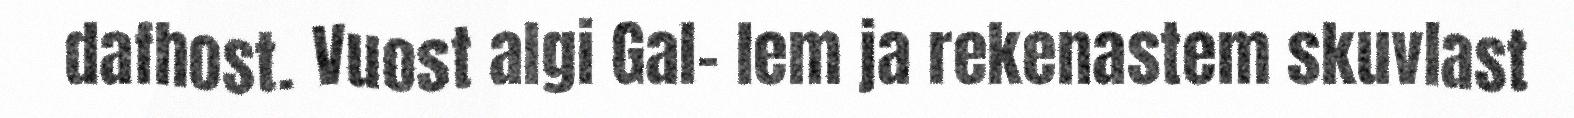
dafhost. Vuost algi Gal- lem ja rekenastem skuvlast